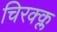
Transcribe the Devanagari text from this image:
चिरक्क्ल